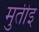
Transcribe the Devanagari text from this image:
मुतीइ